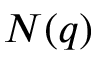
N ( q )